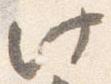
此